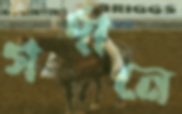
গর্দানে